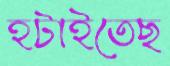
হটাইতেছ